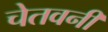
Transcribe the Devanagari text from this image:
चेतवनी